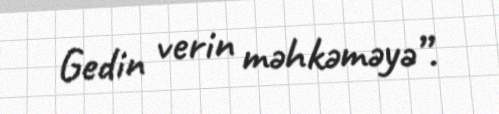
Gedin verin məhkəməyə”.